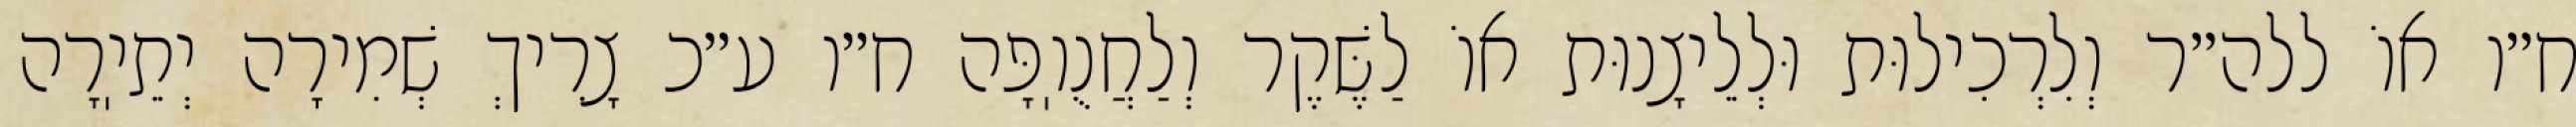
ח״ו אוֹ ללה״ר וְלִרְכִילוּת וּלְלֵיצָנוּת אוֹ לַשֶּׁקֶר וְלַחֲנֻוֽפָּה ח״ו ע״כ צָרִיךְ שְׁמִירָה יְתֵיֽרָה